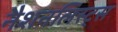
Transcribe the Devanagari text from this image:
नैशनलिस्ट्स